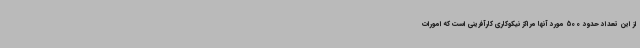
از این تعداد حدود 500 مورد آنها مراکز نیکوکاری کارآفرینی است که امورات